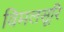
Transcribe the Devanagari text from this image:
विमलसूरि